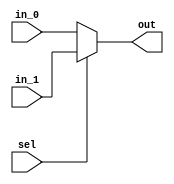
module mux2x1(
  input in_0, in_1,sel,
  output reg out
);
  assign out = sel ? in_1 : in_0;
endmodule